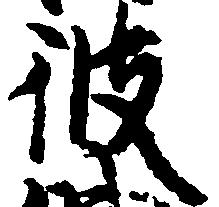
彼